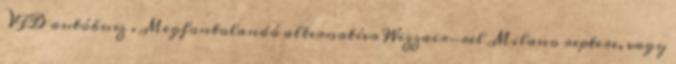
VFD autóbusz . Megfontolandó alternatíva Wizzair-rel Milano reptere, vagy